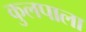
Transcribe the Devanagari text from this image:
कुलपाला